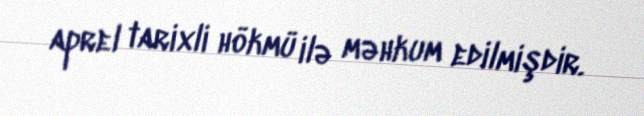
aprel tarixli hökmü ilə məhkum edilmişdir.